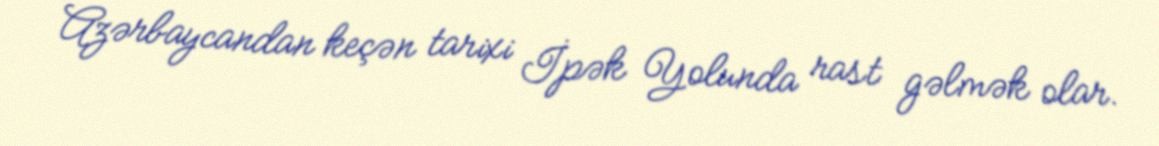
Azərbaycandan keçən tarixi İpək Yolunda rast gəlmək olar.